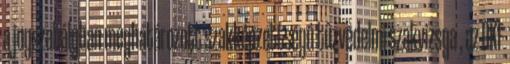
a jogszabályban meghatározott szakképzettségû tûzvédelmi szakvizsga , az OKF